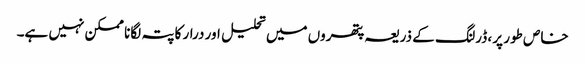
خاص طور پر ، ڈرلنگ کے ذریعہ پتھروں میں تحلیل اور درار کا پتہ لگانا ممکن نہیں ہے۔